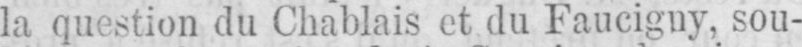
la question du Chablais et du Faucigny, sou-